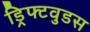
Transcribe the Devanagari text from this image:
ड्रिफ्टवुडस